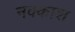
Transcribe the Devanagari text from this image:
नक्‍काश